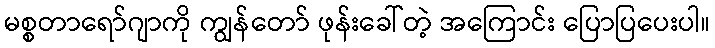
မစ္စတာရော်ဂျာကို ကျွန်တော် ဖုန်းခေါ်တဲ့ အကြောင်း ပြောပြပေးပါ။